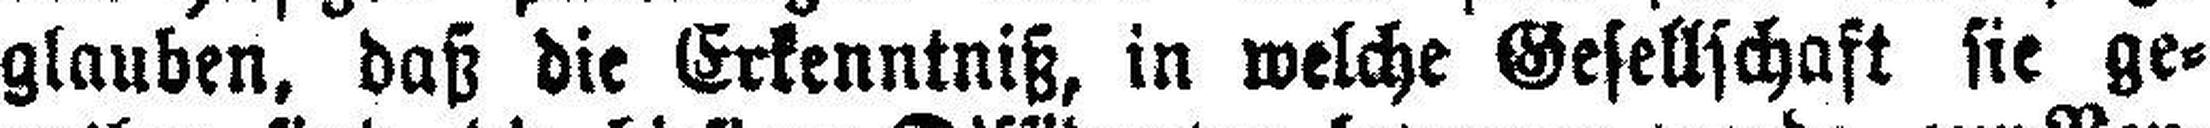
glauben, daß die Erkenntniß, in welche Gesellschaft sie ge¬